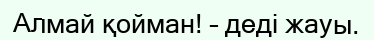
Алмай қойман! – деді жауы.